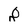
Character: 8